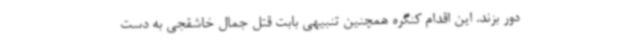
دور بزند. این اقدام کنگره همچنین تنبیهی بابت قتل جمال خاشقجی به دست